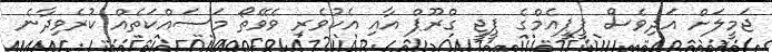
ޖަމީލަށް އަދިވެސް ޕީޕީއެމްގެ ޕީޖީ ގްރޫޕް އާއި އެކުވެރި ވެވޭތޯ މަސައްކަތެއް ކުރެވިދާނެ